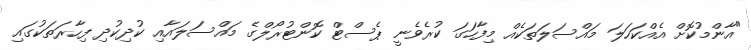
"އާންމުކޮށް އެއްކަހަލަ މައްސަލަތަކެއް މިފާހަގަ ކުރެވެނީ ޕެސްޓް ކޮންޓުރޯލްގެ މައްސަލައާއި ކުދިކުދި ފިހާރަތަކުގައި